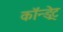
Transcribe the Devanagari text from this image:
कॉन्ड्रेट